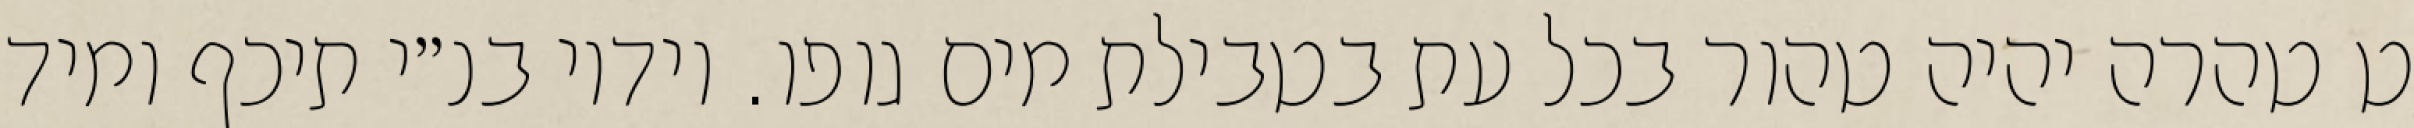
ט טהרה יהיה טהור בכל עת בטבילת מים גופו. וידיו בנ״י תיכף ומיד